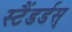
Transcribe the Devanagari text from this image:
स्टैंडर्डस्